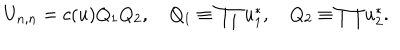
U _ { n , n } = c ( u ) Q _ { 1 } Q _ { 2 } , \quad Q _ { 1 } \equiv \prod u _ { 1 } ^ { * } , \quad Q _ { 2 } \equiv \prod u _ { 2 } ^ { * } .